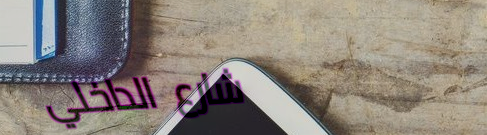
شارع الداخلي